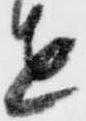
せ